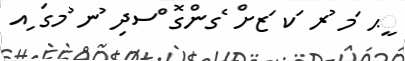
ީޙ ަމ ުރ ަކ ަޒށް ެގންގޮ ްސދި ުނ ުމގަ ިއ